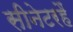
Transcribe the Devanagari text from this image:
सीनेटरहैं